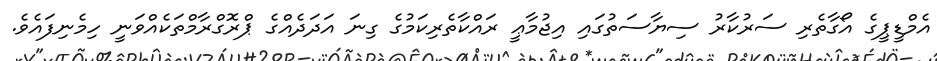
އެމްޑީޕީގެ އޯގާތެރި ސަރުކާރު ސިޔާސަތުގައި އިޖުމާޢީ ރައްކާތެރިކަމުގެ ގިނަ އަދަދެއްގެ ޕްރޮގްރާމްތަކެއްވަނީ ހިމެނިފައެވެ.